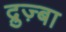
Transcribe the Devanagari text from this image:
द्रुज़्बा